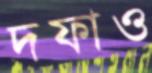
দফাও